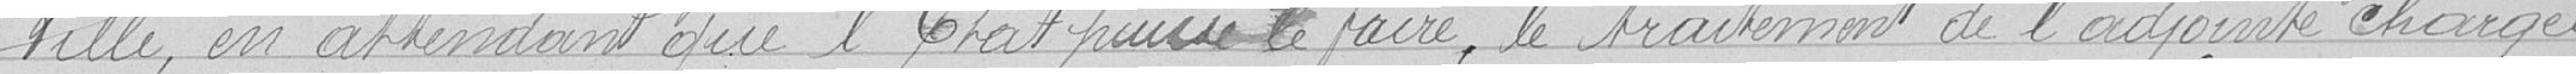
Ville, en attenant que l’État puisse le faire, le traitement de l'adjointe chargée